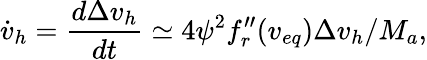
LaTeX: \dot{v}_{h}={\frac{d\Delta v_{h}}{dt}}\simeq 4{\psi}^{2}f_{r}^{\prime\prime}(v_{eq})\Delta v_{h}/M_{a},